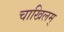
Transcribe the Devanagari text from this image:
चाखिलम्‌